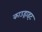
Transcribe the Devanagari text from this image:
काउड्राइट